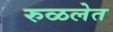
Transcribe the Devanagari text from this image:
रुळलेत